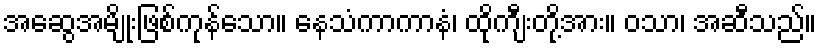
အဆွေအမျိုးဖြစ်ကုန်သော။ နေသံကာကာနံ၊ ထိုကျီးတို့အား။ ဝသာ၊ အဆီသည်။